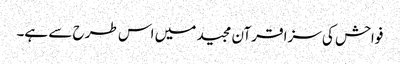
فواحش کی سزا قرآن مجید میں اس طرح سے ہے۔